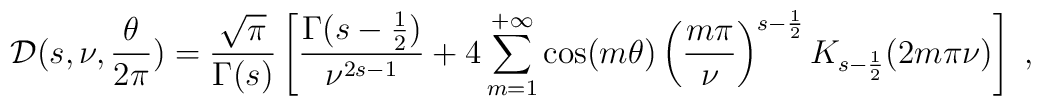
{\cal D} (s,\nu,{\theta\over 2\pi}) = {\sqrt{\pi}\over \Gamma (s)}\left[ {\Gamma (s-{1\over 2})\over\nu^{2s-1}} + 4 \sum_{m=1}^{+\infty} \cos(m\theta) \left({m\pi\over\nu}\right)^{s-{1\over 2}} K_{s-{1\over 2}}(2m\pi\nu)\right]\;,